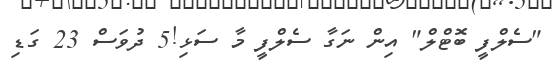
"ސެލްފީ ބޮޓްލް" އިން ނަގާ ސެލްފީ މާ ސަޅި!5 ދުވަސް 23 ގަޑި